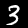
Label: 3